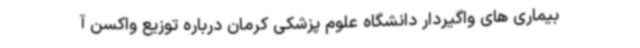
بیماری های واگیردار دانشگاه علوم پزشکی کرمان درباره توزیع واکسن آ